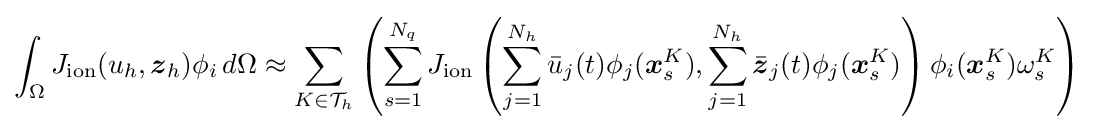
\int _{\Omega }J_{\text{ion}}(u_{h},{\boldsymbol {z}}_{h})\phi _{i}\,d\Omega \approx \sum _{K\in {\mathcal {T}}_{h}}\left(\sum _{s=1}^{N_{q}}J_{\text{ion}}\left(\sum _{j=1}^{N_{h}}{\bar {u}}_{j}(t)\phi _{j}({\boldsymbol {x}}_{s}^{K}),\sum _{j=1}^{N_{h}}{\bar {\boldsymbol {z}}}_{j}(t)\phi _{j}({\boldsymbol {x}}_{s}^{K})\right)\phi _{i}({\boldsymbol {x}}_{s}^{K})\omega _{s}^{K}\right)